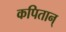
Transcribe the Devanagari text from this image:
कपितान्